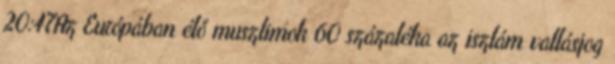
20:47Az Európában élő muszlimok 60 százaléka az iszlám vallásjog